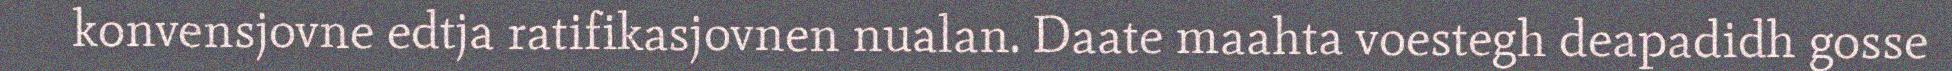
konvensjovne edtja ratifikasjovnen nualan. Daate maahta voestegh deapadidh gosse